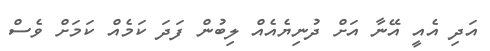
އަދި އެއީ އޭނާ އަށް ދުނިޔެއެއް ލިބުން ފަދަ ކަމެއް ކަމަށް ވެސް